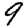
Digit: 9